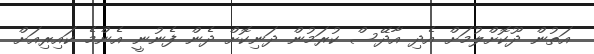
އަތުން ދޫކޮށްލުމަށް އެދި އާދޭސް ކުރަމުން ދަނިކޮށް ދެން ފެނުނީ އެންމެ ކައިރިއަށް